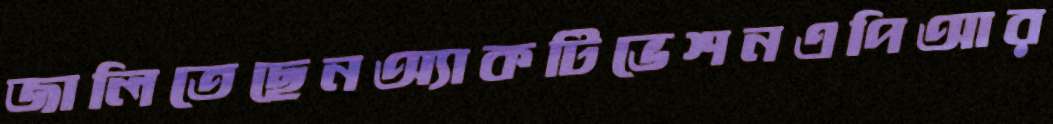
জালিতেছেনঅ্যাকটিভেশনএপিআর